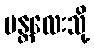
မန္တလေးသို့